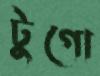
টুগো